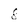
Character: 8